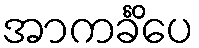
အာကင်္ခိံပေ